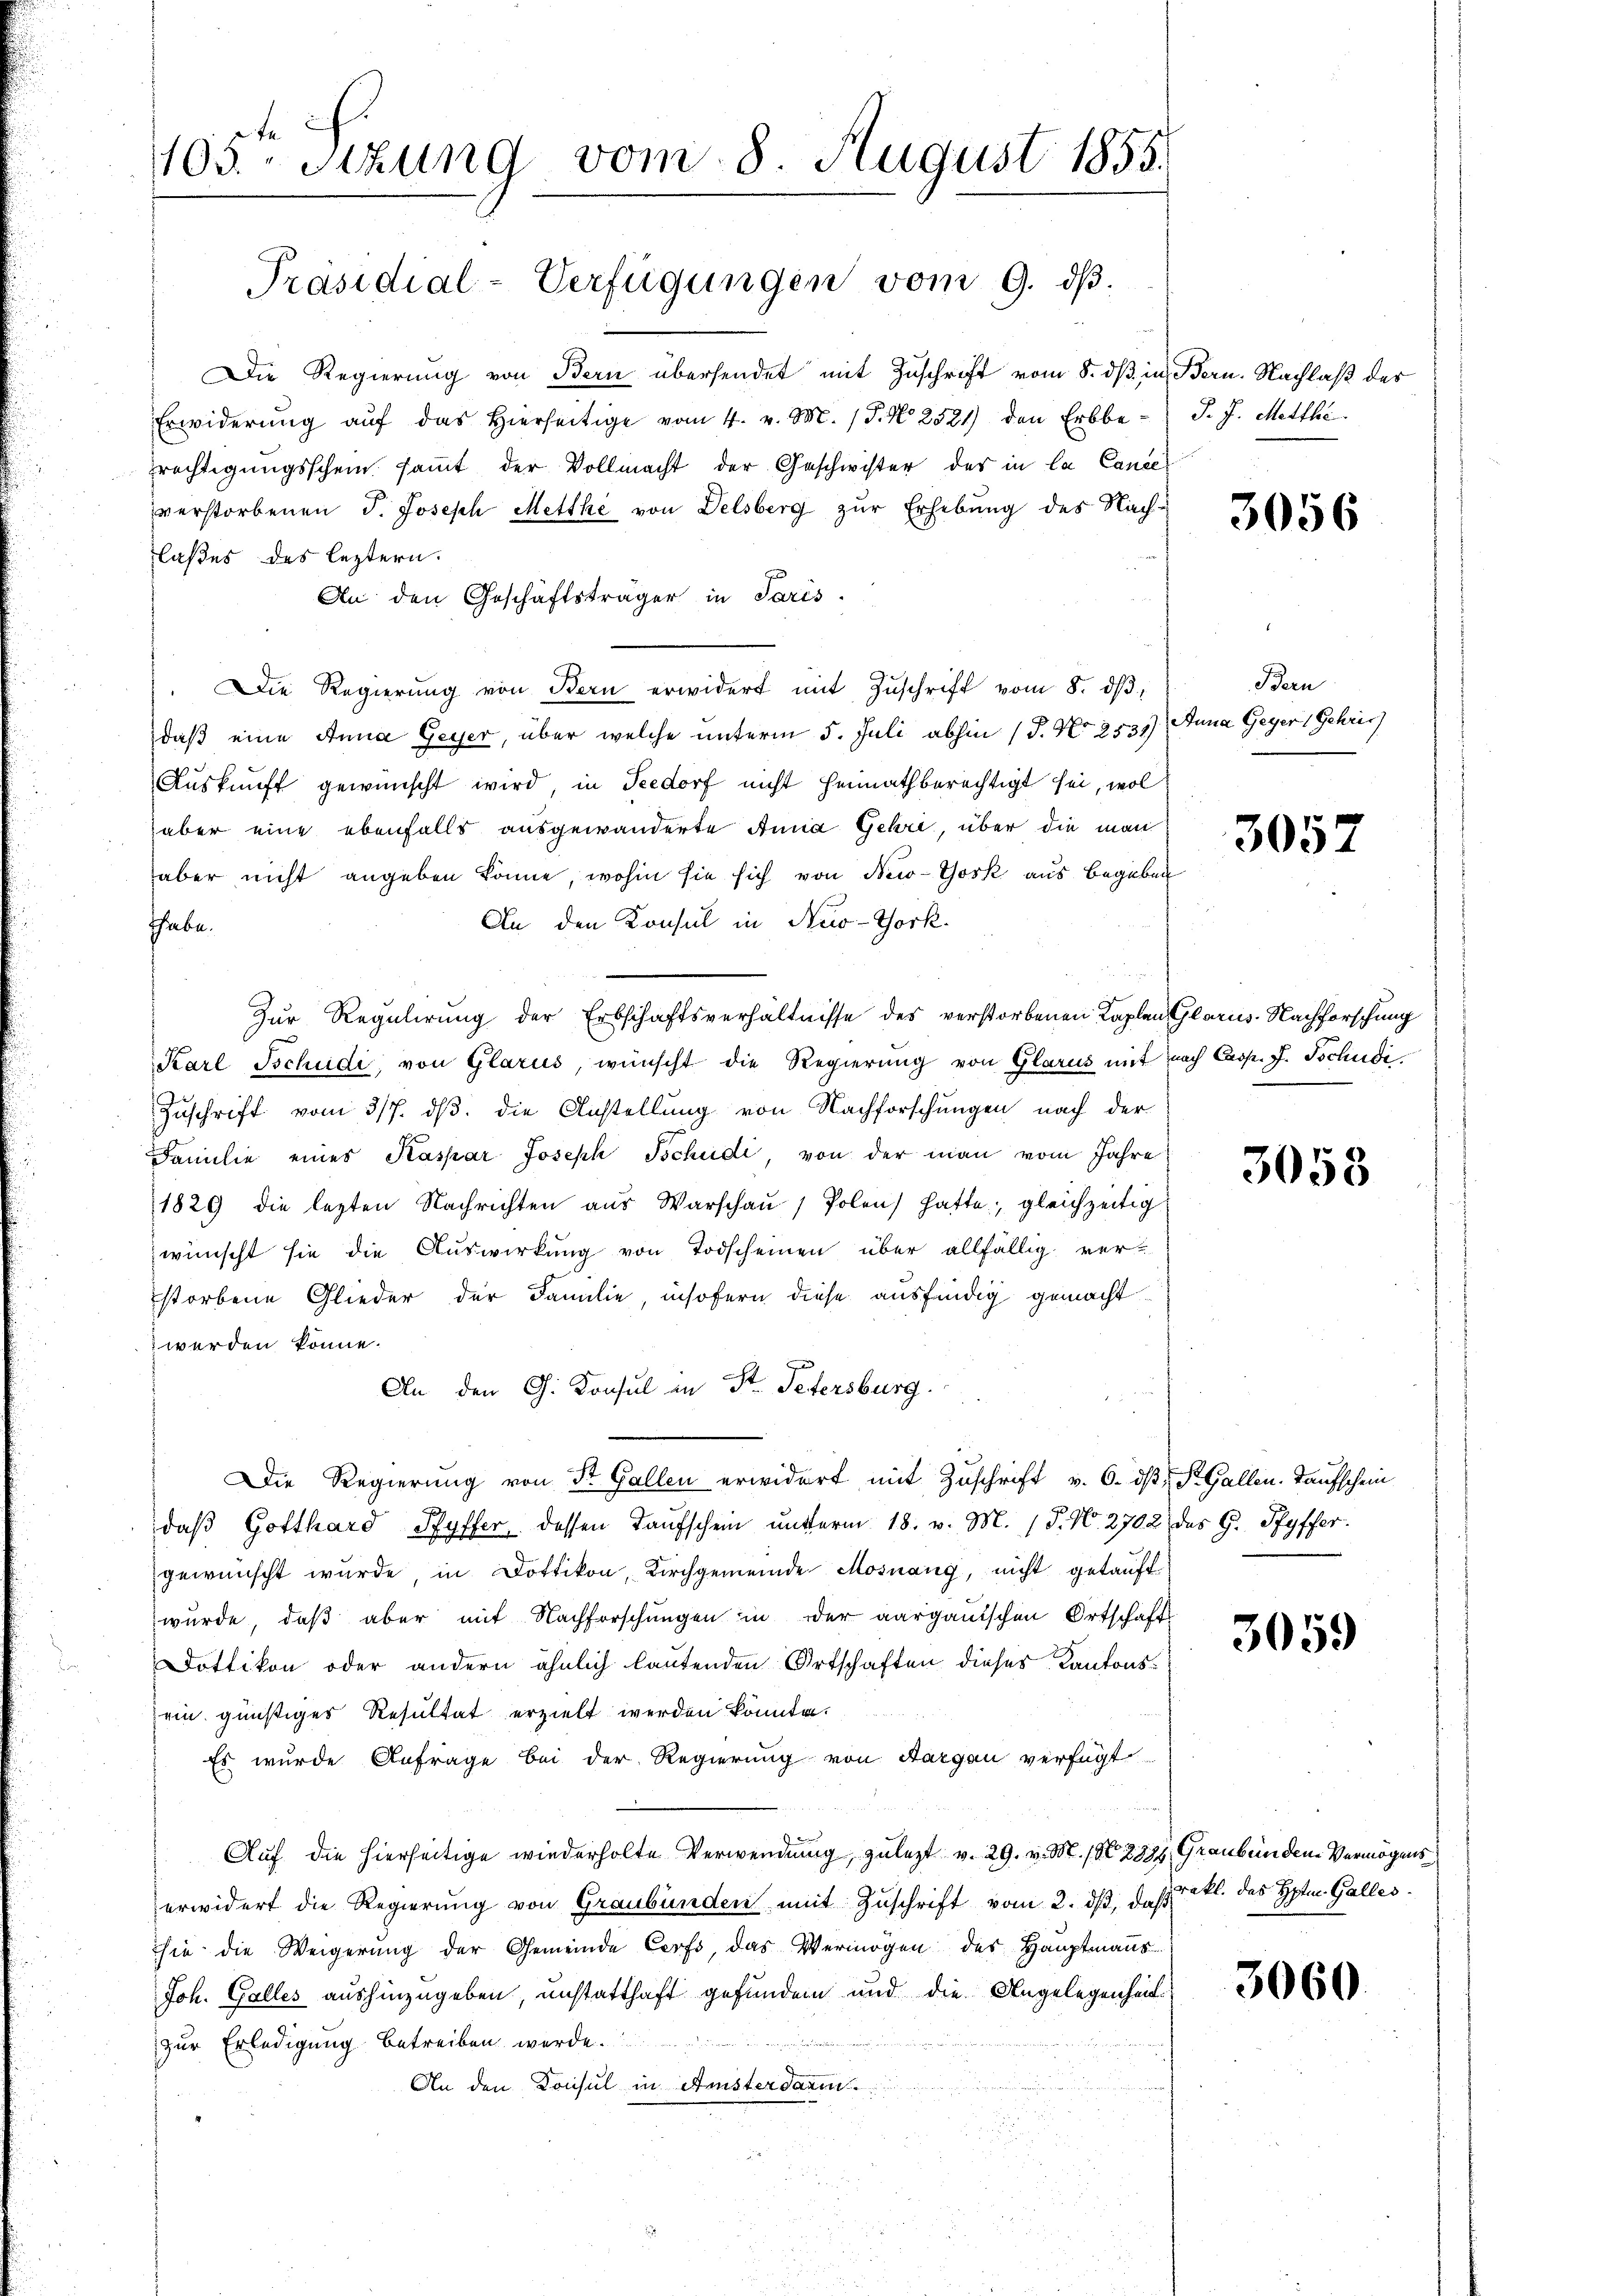
1105. Sitzung vom 8. August 1855.
Präsidial-Verfügungen vom 9. dβ.

Die Regierung von Bern übersendet mit Zuschrift vom 8. dß in Bern. Nachlaß des
Erwiderŭng aŭf das hierseitige vom 4. v. M. (T. N. 2521) den Erbbe-
rächtigungsschein sammt der Vollmacht der Geschwister des in la Cance
verstorbenen J. Joseph Metthe von Delsberg zŭr Erhebung des Nach-
laßes des leztern.
An den Geschäftsträger in Paris.
. Die Regierŭng von Bern erwidert mit Zŭschrift vom 8. dβ,
daß eine Anna Geyer, über welche unterm 5. Juli abhin (P. Nr. 2531)
Auskunft gewünscht wird, in Teedorf nicht heimath berechtigt sei, wol
aber eine ebenfalls ausgewanderte Anna Gehri, über die man
aber nicht angeben könne, wohin sie sich von New-York aus Begeben
An den Konsul in New-York
thabe.
Zur Regulirung der Erbschaftsverhältnisse des verstorbenen Kaplan Glarus. Nachforschung
Karl Tschudi, von Glarus, wünscht die Regierung von Glarus mit nach Casp. J. Tschudi
Zuschrift vom 3/7. dβ. die Anstellung von Nachforschungen nach der
Familie eines Kaspar Joseph Tschudi, von der man vom Jahre
1829 die letzten Nachrichten aus Warschau / Polen hatte; gleichzeitig
wünscht sie die Auswirkung von Todscheinen über allfällig verstorbene Glieder der Familie, insofern diese ausfindig gemacht
werden könne.
An den G. Konsul an St. Petersburg.
Die Regierung von St. Gallen erwidert mit Zuschrift v. 6. dβ, St. Gallen. Taufschein
daß Gotthard Ryffer, dessen Taufschein unterm 18. v. M. (T. N. 2702 des G. Pfyffer
gewünscht wurde, in Dottikon, Kirchgemeinde Mosnang, nicht getauft
wurde, daß aber mit Nachforschungen in der aargauischen Ortschaft
dottikon oder andern ähnlich lautenden Ortschaften dieses Kantonsein günstiges Resultat erzielt werden könnte.
Es wurde Anfrage bei der Regierung von Aargau verfügt
Auf die hierseitige wiederholte Verwendung zulezt v. 29. v. M. (§ 283, Grauben den Vermögens
erwidert die Regierung von Graubünden mit Zuschrift vom 2. dβ, d. prakt. das Hptm. Galles
hie die Weigerung der Gemeinde Corps, das Vermögen des Hauptmanns
Joh. Galles aushinzugeben, unstatthaft gefunden und die Angelegenheit
zur Erledigung betreiben werde.
An den Konsul in Ansterdamm

J. J. Mitthe

f

3056

Bern
Anna Geger Gehris

3057

3058

3059

3060.